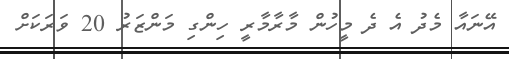
އޭނައާ މެދު އެ ދެ މީހުން މާރާމާރީ ހިންގި މަންޒަރު 20 ވަރަކަށް